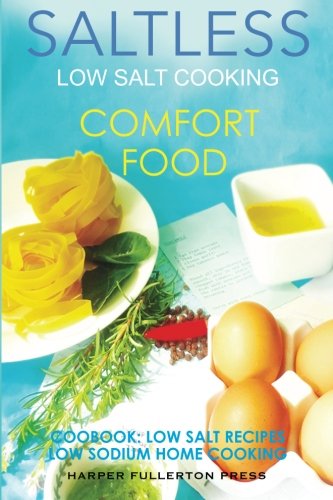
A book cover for Low Salt Cooking: Salt-Less Comfort Food. Low salt recipes, low sodium cookbook (Saltless Low Salt Recipes,Low Sodium Cooking) (Volume 1); Harper Fullerton; Cookbooks, Food & Wine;